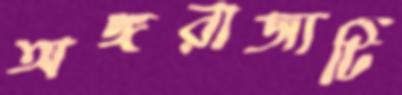
অঙ্গরাজ্যটি